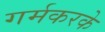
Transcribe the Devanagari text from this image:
गर्मकरके